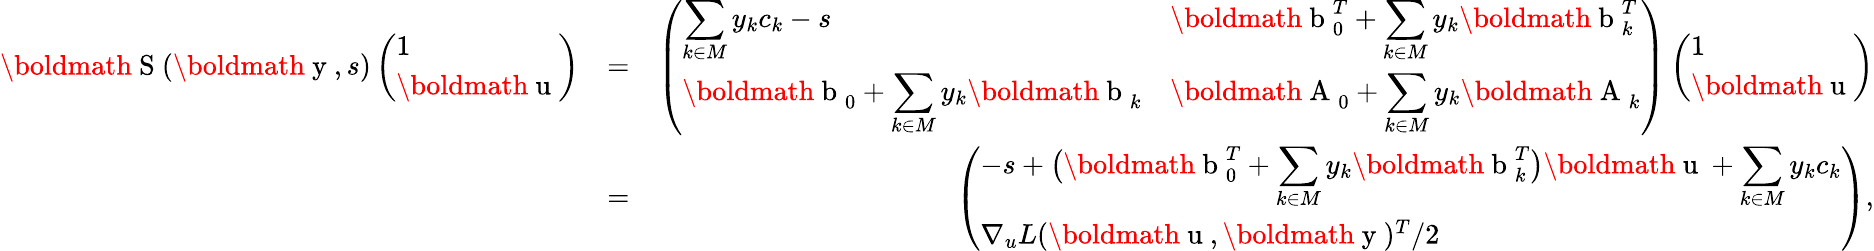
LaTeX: \begin{array}{rlr}{\mathrm{\boldmath~S~}(\mathrm{\boldmath~y~},s)\left(\begin{array}{l}{1}\\ {\mathrm{\boldmath~u~}}\end{array}\right)}&{=}&{\left(\begin{array}{ll}{\displaystyle\sum_{k\in M}y_{k}c_{k}-s}&{\displaystyle\mathrm{\boldmath~b~}_{0}^{T}+\sum_{k\in M}y_{k}\mathrm{\boldmath~b~}_{k}^{T}}\\ {\displaystyle\mathrm{\boldmath~b~}_{0}+\sum_{k\in M}y_{k}\mathrm{\boldmath~b~}_{k}}&{\displaystyle\mathrm{\boldmath~A~}_{0}+\sum_{k\in M}y_{k}\mathrm{\boldmath~A~}_{k}}\end{array}\right)\left(\begin{array}{l}{1}\\ {\mathrm{\boldmath~u~}}\end{array}\right)}\\ &{=}&{\left(\begin{array}{l}{\displaystyle-s+\big(\mathrm{\boldmath~b~}_{0}^{T}+\sum_{k\in M}y_{k}\mathrm{\boldmath~b~}_{k}^{T}\big)\mathrm{\boldmath~u~}+\sum_{k\in M}y_{k}c_{k}}\\ {\nabla_{u}L(\mathrm{\boldmath~u~},\mathrm{\boldmath~y~})^{T}/2}\end{array}\right),}\end{array}